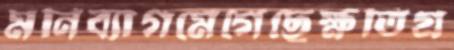
মনিব্যাগমেগেছেক্ষতিগ্র